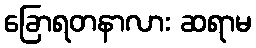
ခြောရတနာလား ဆရာမ